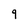
Character: 9